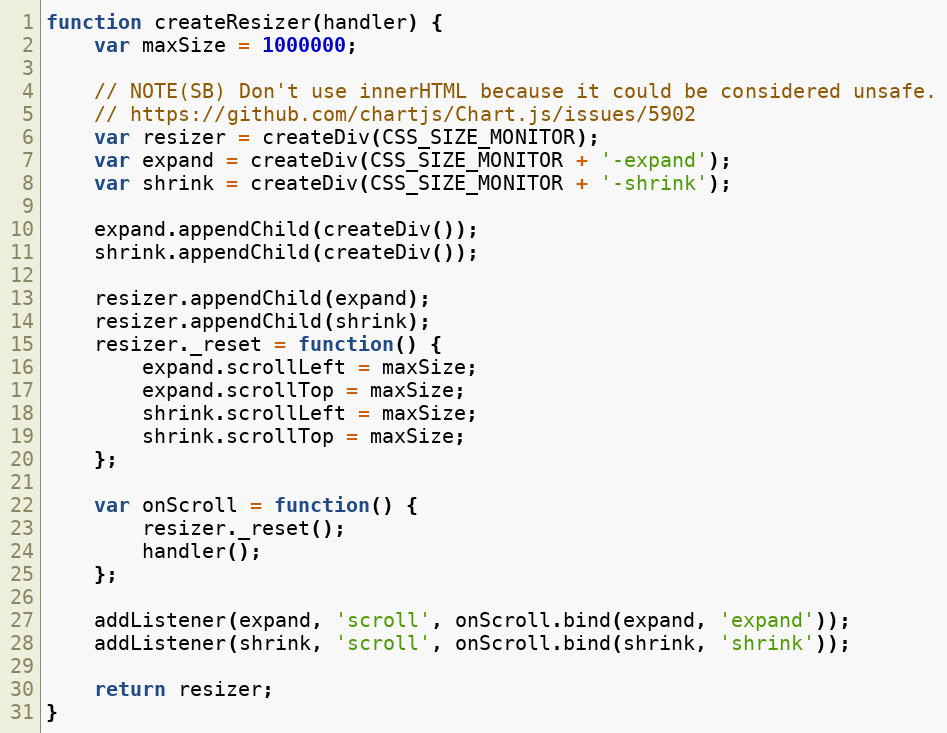
Language: JavaScript
function createResizer(handler) {
	var maxSize = 1000000;

	// NOTE(SB) Don't use innerHTML because it could be considered unsafe.
	// https://github.com/chartjs/Chart.js/issues/5902
	var resizer = createDiv(CSS_SIZE_MONITOR);
	var expand = createDiv(CSS_SIZE_MONITOR + '-expand');
	var shrink = createDiv(CSS_SIZE_MONITOR + '-shrink');

	expand.appendChild(createDiv());
	shrink.appendChild(createDiv());

	resizer.appendChild(expand);
	resizer.appendChild(shrink);
	resizer._reset = function() {
		expand.scrollLeft = maxSize;
		expand.scrollTop = maxSize;
		shrink.scrollLeft = maxSize;
		shrink.scrollTop = maxSize;
	};

	var onScroll = function() {
		resizer._reset();
		handler();
	};

	addListener(expand, 'scroll', onScroll.bind(expand, 'expand'));
	addListener(shrink, 'scroll', onScroll.bind(shrink, 'shrink'));

	return resizer;
}